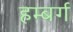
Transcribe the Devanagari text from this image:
हम्बर्ग